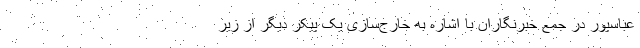
عباسپور در جمع خبرنگاران با اشاره به خارج‌سازی یک پیکر دیگر از زیر